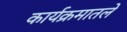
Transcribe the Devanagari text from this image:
कार्यक्रमातले